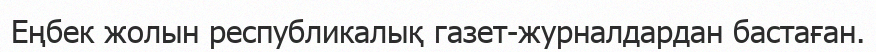
Еңбек жолын республикалық газет-журналдардан бастаған.